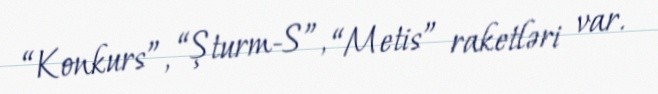
“Konkurs”, “Şturm-S”, “Metis” raketləri var.